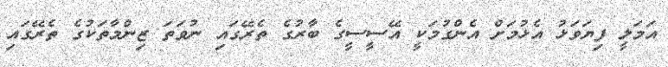
އަމަލީ ފިޔަވަޅު އެޅުމަށް އެންގުމަކީ އޭސީސީގެ ބާރުގެ ތެރޭގައި ނުވަތަ ޒިންމާތަކުގެ ތެރޭގައި